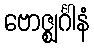
ဗောဇ္ဈင်္ဂါနံ